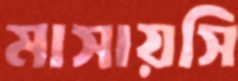
মাসায়সি